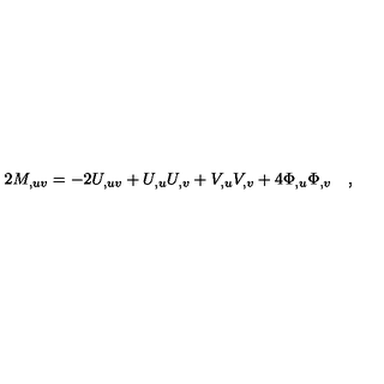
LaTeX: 2 M _ { , u v } = - 2 U _ { , u v } + U _ { , u } U _ { , v } + V _ { , u } V _ { , v } + 4 \Phi _ { , u } \Phi _ { , v } \quad ,